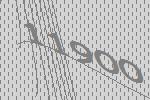
11900